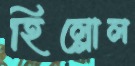
হিল্লোল